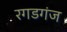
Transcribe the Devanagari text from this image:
रगडगंज